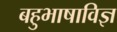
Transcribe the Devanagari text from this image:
बहुभाषाविज्ञ